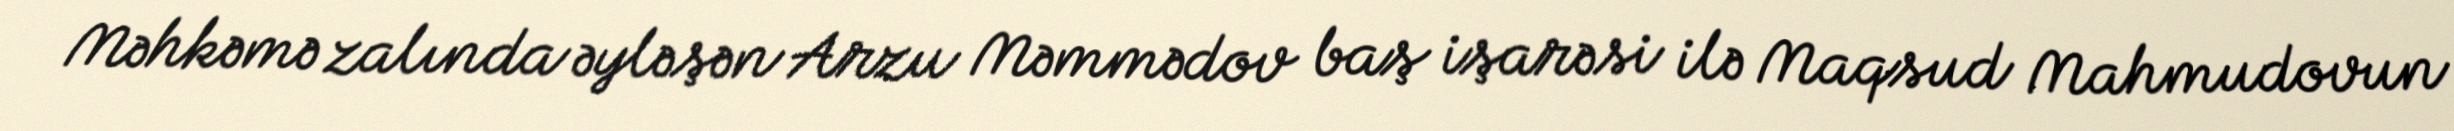
Məhkəmə zalında əyləşən Arzu Məmmədov baş işarəsi ilə Maqsud Mahmudovun